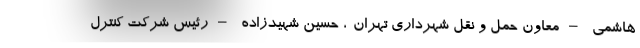
هاشمی –معاون حمل و نقل شهرداری تهران-، حسین شهیدزاده –رئیس شرکت کنترل